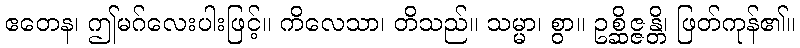
ဧတေန၊ ဤမဂ်လေးပါးဖြင့်။ ကိလေသာ၊ တိသည်။ သမ္မာ၊ စွာ။ ဥစ္ဆိဇ္ဇန္တိ၊ ဖြတ်ကုန်၏။